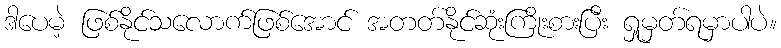
ဒါပေမဲ့ ဖြစ်နိုင်သလောက်ဖြစ်အောင် အတတ်နိုင်ဆုံးကြိုးစားပြီး ရှုမှတ်ရမှာပါပဲ။